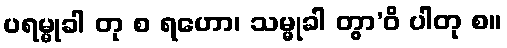
ပရမ္မုခါ တု စ ရဟော၊ သမ္မုခါ တွာ’ဝိ ပါတု စ။